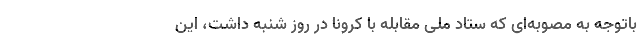
باتوجه به مصوبه‌ای که ستاد ملی مقابله با کرونا در روز شنبه داشت، این